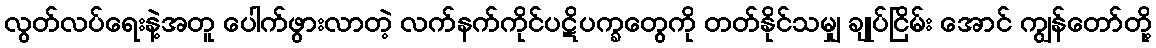
လွတ်လပ်ရေးနဲ့အတူ ပေါက်ဖွားလာတဲ့ လက်နက်ကိုင်ပဋိပက္ခတွေကို တတ်နိုင်သမျှ ချုပ်ငြိမ်း အောင် ကျွန်တော်တို့